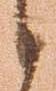
候